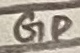
Text: GD